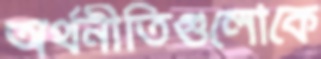
অর্থনীতিগুলোকে